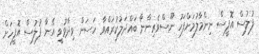
ފުލުސް އޮފީސް ނިންމާލުމަށްފަހު ނޫސްވެރިންނާ ބައްދަލުކުރައްވާ ހަސަން ވިދާޅުވީ އޭނާ ފުލުސް އޮފީހަށް